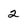
Character: 2